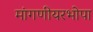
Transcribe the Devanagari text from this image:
मांगणीयरभोपा